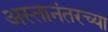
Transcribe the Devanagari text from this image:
अस्तानंतरच्या